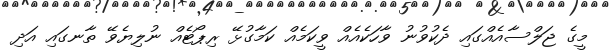
މީގެ ޖަލްސާއެއްގައި ދެކުވުނު ވާހަކެއެއް ވީކަމެއް ކަމާގުޅޭ ރިޕޯޓެއް ނުލިޔެވޭ ތާނގައި އަދި